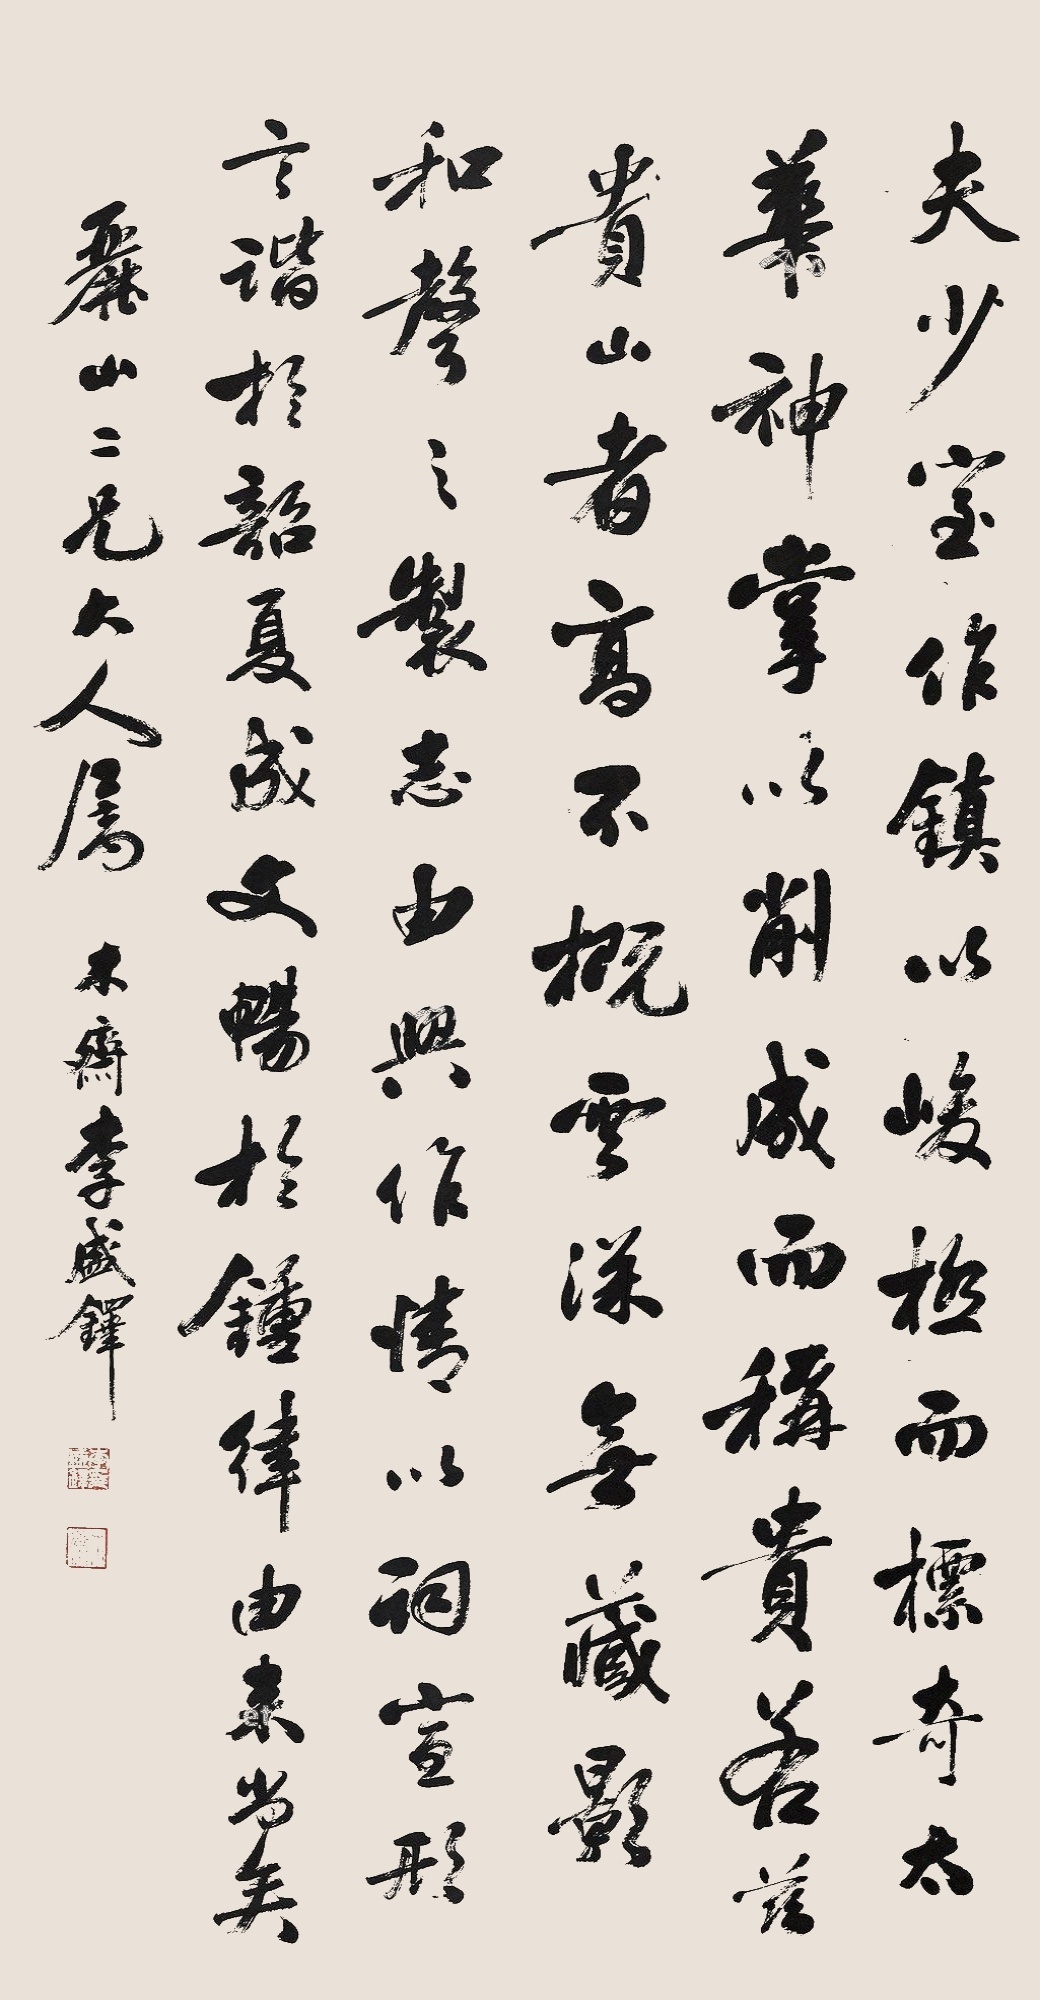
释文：夫少室作镇，以峻极而摽奇，太华神掌，以削成而称贵，若兹山者，高不摡云，深无藏影，和声之制，志由兴作，情以词宣，形言谐于韶夏，成文畅于钟律，由来尚矣。丽山二兄大人属，木斋李盛铎。